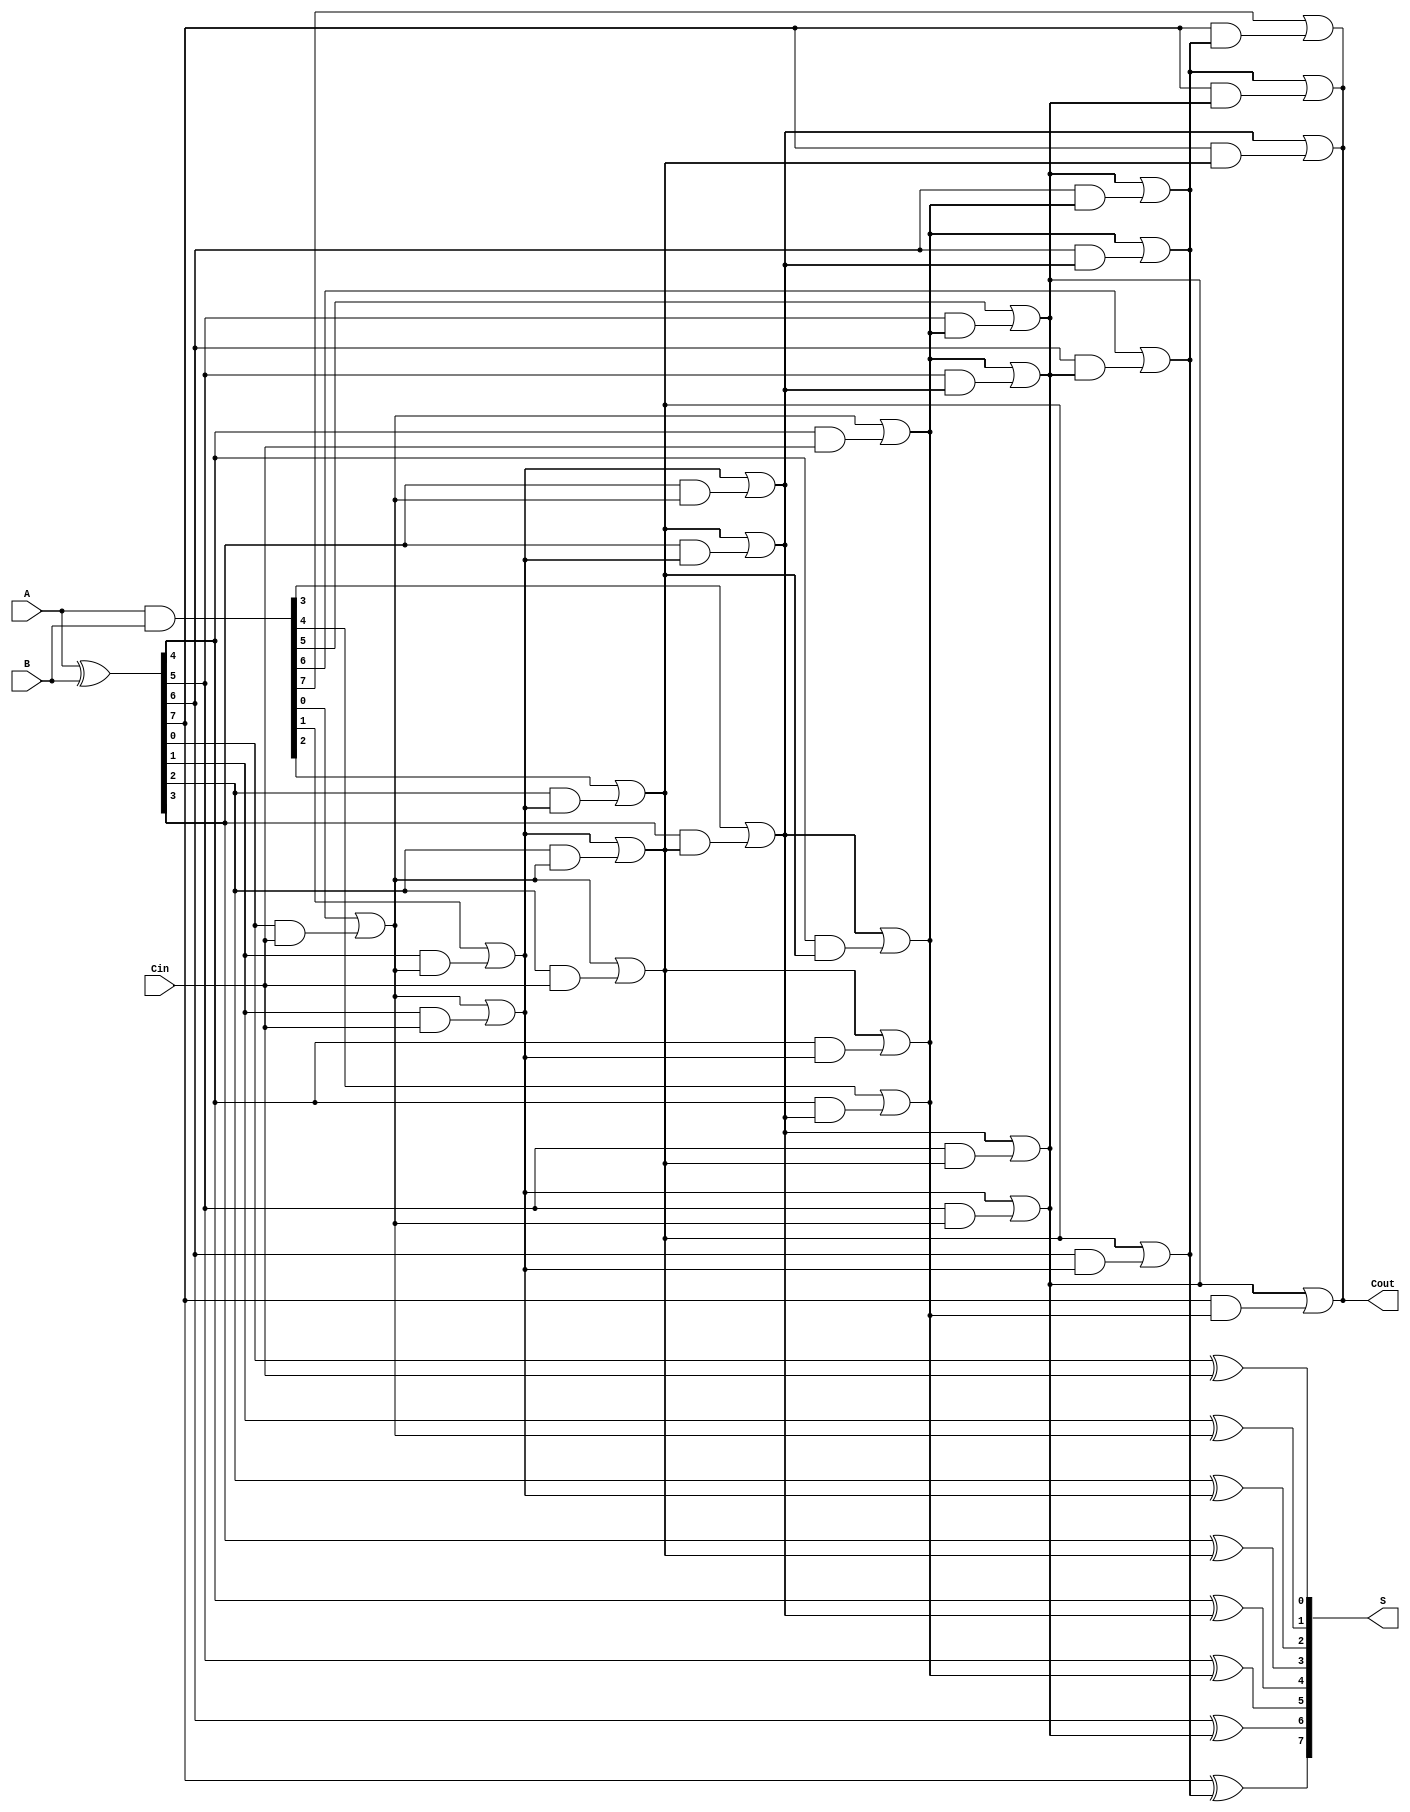
module brent_kung_adder #(parameter n = 8) (
    input [n-1:0] A,       // First input
    input [n-1:0] B,       // Second input
    input Cin,             // Carry-in
    output [n-1:0] S,      // Sum output
    output Cout            // Carry-out
);

    // Generate and Propagate signals
    wire [n-1:0] G; // Generate signals
    wire [n-1:0] P; // Propagate signals
    wire [n:0] C;   // Carry signals (C[0] = Cin)

    assign G = A & B; // Generate
    assign P = A ^ B; // Propagate
    assign C[0] = Cin; // Initial carry-in

    // Carry signal calculation using Brent-Kung method
    genvar i, j, k;
    
    // Stage 1: Calculate carry signals
    generate
        for (i = 0; i < n; i = i + 1) begin : stage1
            assign C[i+1] = G[i] | (P[i] & C[i]);
        end
    endgenerate

    // Stage 2: Higher levels of carry signals
    generate
        for (k = 1; k < n; k = k * 2) begin : stage2
            for (j = 0; j < n; j = j + 1) begin : stage3
                if (j + k < n) begin
                    assign C[j + k + 1] = C[j + 1] | (P[j + k] & C[j]);
                end
            end
        end
    endgenerate

    // Sum calculation
    generate
        for (i = 0; i < n; i = i + 1) begin : sum
            assign S[i] = P[i] ^ C[i];
        end
    endgenerate

    // Final carry-out
    assign Cout = C[n];

endmodule